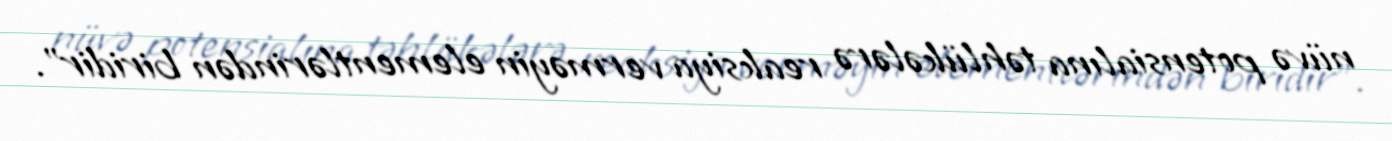
nüvə potensialına təhlükələrə reaksiya verməyin elementlərindən biridir”.